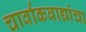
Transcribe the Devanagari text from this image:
चार्वाकवाद्यांचा